Civil Veterinary Department Bihar reports 1936-40 - 1936-1940
Year: 1936
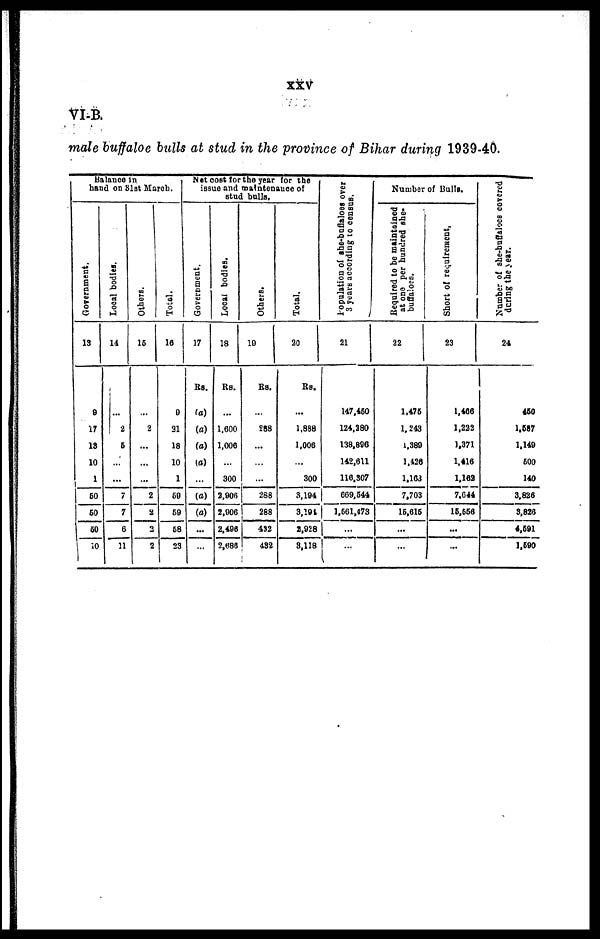
xxv
VI-B.
male buffaloe bulls at stud in the province of Bihar during 1939-40.
Balance in
hand on 31st March.
Government.
13
9
17
13
10
1
50
50
50
10
Local bodies.
14
...
2
5
...
...
7
7
6
11
Others.
15
...
2
...
...
...
2
2
2
2
Total.
16
9
31
18
10
1
59
59
58
23
Net cost for the year for the
issue and maintenance of
stud bulls.
Government.
17
Rs.
(a)
(a)
(a)
(a)
...
(a)
(a)
...
...
Local bodies.
18
Rs.
...
1,600
1,006
...
300
2,906
2,906
2,496
2,686
Others.
19
Rs.
...
288
...
...
...
288
288
432
432
Total.
20
Rs.
...
1,888
1,006
...
300
3,194
3,194
2,928
8,118
Population
of she-baflaloes over
3 years according to census.
21
147,450
124,280
138,896
142,611
110.307
669,544
1,561,473
...
...
Number of Bulls.
Required to be maintained
at one per hundred she-
buffaloes.
22
1,476
1,243
1,389
1,426
1,163
7,703
15,616
...
...
Short of requirement,
23
1,466
1,222
1.371
1,416
1.162
7.644
15,556
...
...
Number of she-buffaloes covered
during the year.
24
450
1.687
1,149
500
140
3,826
3,826
4,591
1,590